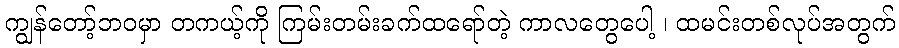
ကျွန်တော့်ဘဝမှာ တကယ့်ကို ကြမ်းတမ်းခက်ထရော်တဲ့ ကာလတွေပေါ့ ၊ ထမင်းတစ်လုပ်အတွက်